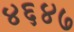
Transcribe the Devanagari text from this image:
४६४७